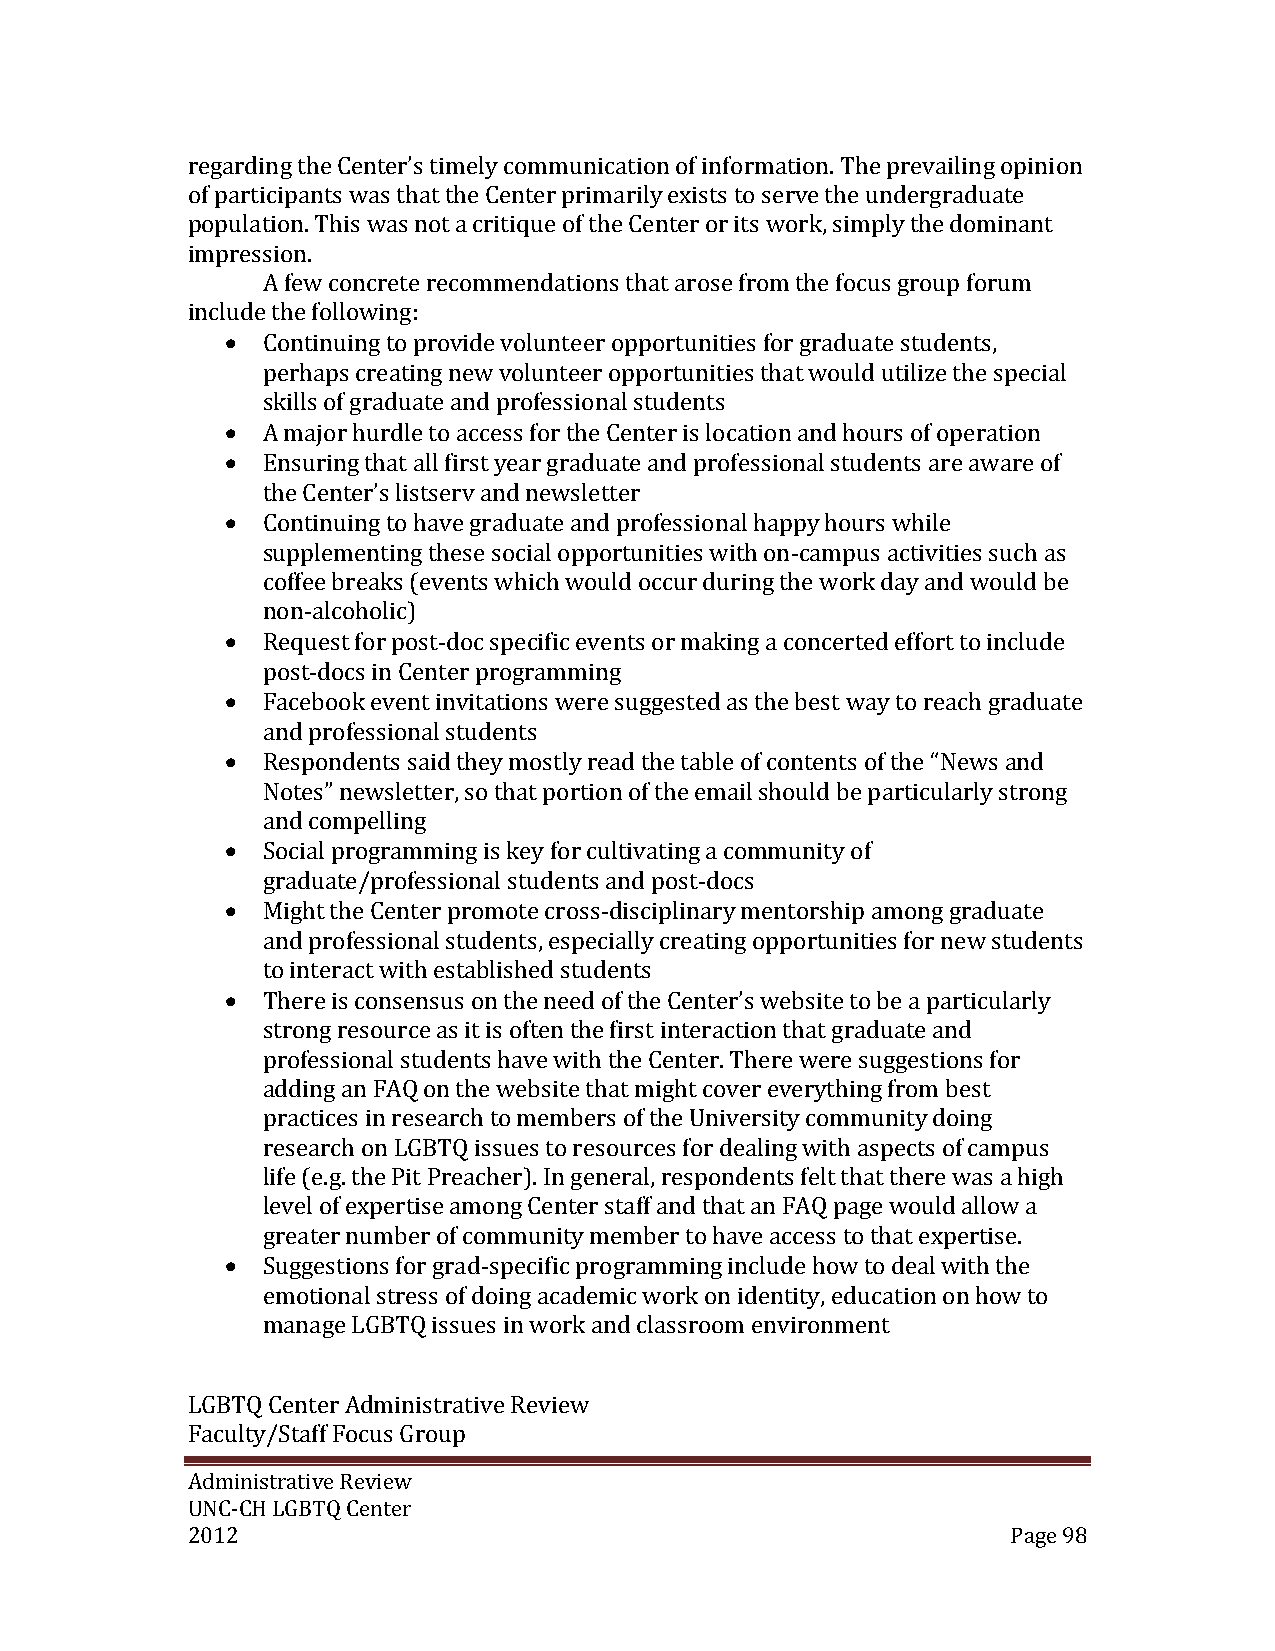
regarding the Center’s timely communication of information. The prevailing opinion
 of participants was that the Center primarily exists to serve the undergraduate
 population. This was not a critique of the Center or its work, simply the dominant
 impression.
 A few concrete recommendations that arose from the focus group forum
 include the following:
  Continuing to provide volunteer opportunities for graduate students,
 perhaps creating new volunteer opportunities that would utilize the special
 skills of graduate and professional students
  A major hurdle to access for the Center is location and hours of operation
  Ensuring that all first year graduate and professional students are aware of
 the Center’s listserv and newsletter
  Continuing to have graduate and professional happy hours while
 supplementing these social opportunities with on-campus activities such as
 coffee breaks (events which would occur during the work day and would be
 non-alcoholic)
  Request for post-doc specific events or making a concerted effort to include
 post-docs in Center programming
  Facebook event invitations were suggested as the best way to reach graduate
 and professional students
  Respondents said they mostly read the table of contents of the “News and
 Notes” newsletter, so that portion of the email should be particularly strong
 and compelling
  Social programming is key for cultivating a community of
 graduate/professional students and post-docs
  Might the Center promote cross-disciplinary mentorship among graduate
 and professional students, especially creating opportunities for new students
 to interact with established students
  There is consensus on the need of the Center’s website to be a particularly
 strong resource as it is often the first interaction that graduate and
 professional students have with the Center. There were suggestions for
 adding an FAQ on the website that might cover everything from best
 practices in research to members of the University community doing
 research on LGBTQ issues to resources for dealing with aspects of campus
 life (e.g. the Pit Preacher). In general, respondents felt that there was a high
 level of expertise among Center staff and that an FAQ page would allow a
 greater number of community member to have access to that expertise.
  Suggestions for grad-specific programming include how to deal with the
 emotional stress of doing academic work on identity, education on how to
 manage LGBTQ issues in work and classroom environment
 LGBTQ Center Administrative Review
 Faculty/Staff Focus Group
 Administrative Review
 UNC-CH LGBTQ Center
 2012                                                   Page 98